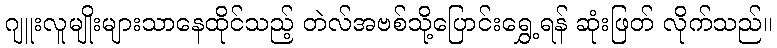
ဂျူးလူမျိုးများသာနေထိုင်သည့် တဲလ်အဗစ်သို့ပြောင်းရွှေ့ရန် ဆုံးဖြတ် လိုက်သည်။